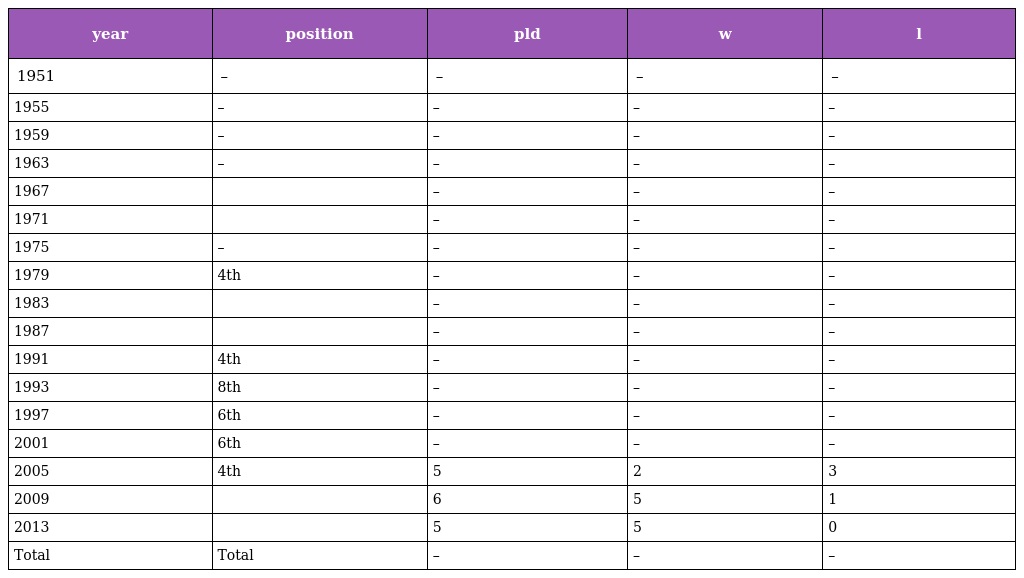
| year | position | pld | w | l |
 | --- | --- | --- | --- | --- |
 | 1951 | – | – | – | – |
 | 1955 | – | – | – | – |
 | 1959 | – | – | – | – |
 | 1963 | – | – | – | – |
 | 1967 |  | – | – | – |
 | 1971 |  | – | – | – |
 | 1975 | – | – | – | – |
 | 1979 | 4th | – | – | – |
 | 1983 |  | – | – | – |
 | 1987 |  | – | – | – |
 | 1991 | 4th | – | – | – |
 | 1993 | 8th | – | – | – |
 | 1997 | 6th | – | – | – |
 | 2001 | 6th | – | – | – |
 | 2005 | 4th | 5 | 2 | 3 |
 | 2009 |  | 6 | 5 | 1 |
 | 2013 |  | 5 | 5 | 0 |
 | Total | Total | – | – | – |